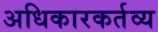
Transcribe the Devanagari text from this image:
अधिकारकर्तव्य